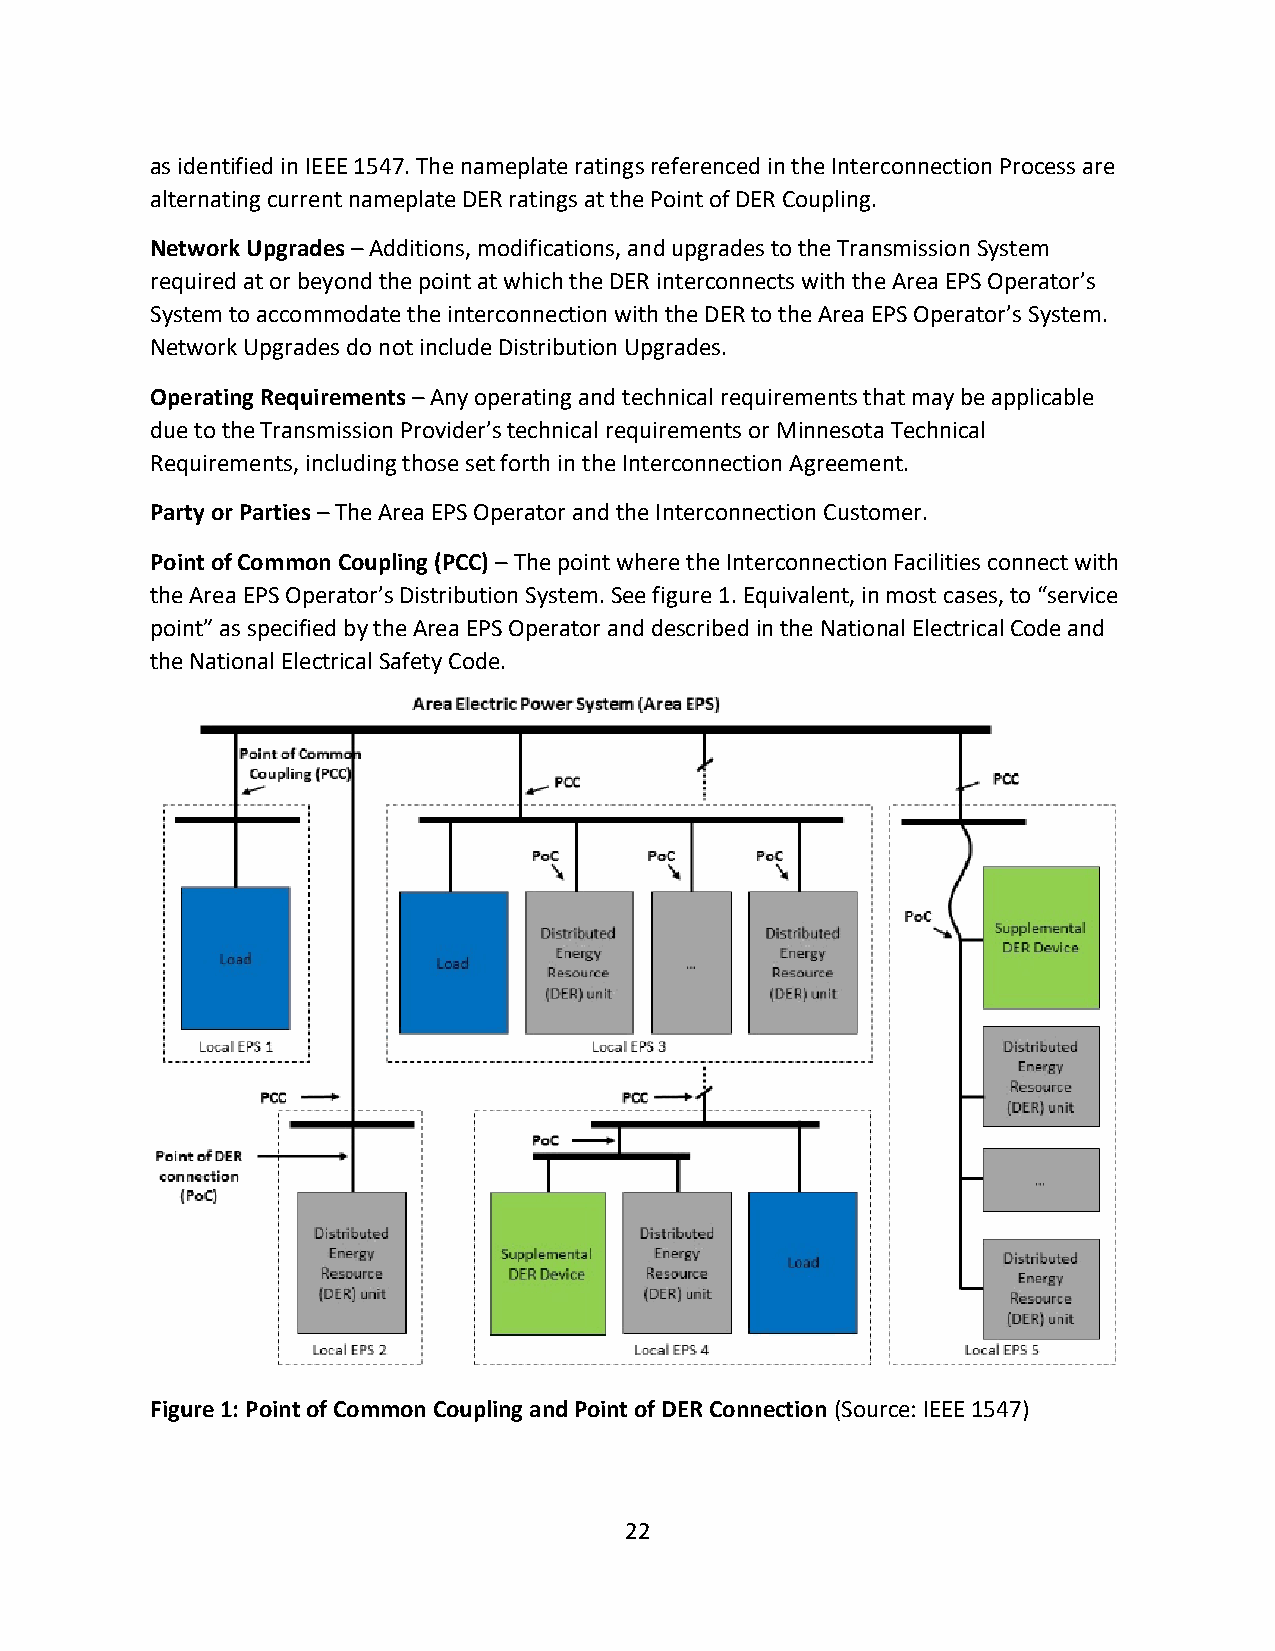
as identified in IEEE 1547. The nameplate ratings referenced in the Interconnection Process are
 alternating current nameplate DER ratings at the Point of DER Coupling.
 Network Upgrades – Additions, modifications, and upgrades to the Transmission System
 required at or beyond the point at which the DER interconnects with the Area EPS Operator’s
 System to accommodate the interconnection with the DER to the Area EPS Operator’s System.
 Network Upgrades do not include Distribution Upgrades.
 Operating Requirements – Any operating and technical requirements that may be applicable
 due to the Transmission Provider’s technical requirements or Minnesota Technical
 Requirements, including those set forth in the Interconnection Agreement.
 Party or Parties – The Area EPS Operator and the Interconnection Customer.
 Point of Common Coupling (PCC) – The point where the Interconnection Facilities connect with
 the Area EPS Operator’s Distribution System. See figure 1. Equivalent, in most cases, to “service
 point” as specified by the Area EPS Operator and described in the National Electrical Code and
 the National Electrical Safety Code.
 Figure 1: Point of Common Coupling and Point of DER Connection (Source: IEEE 1547)
 22